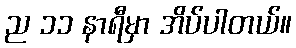
ည ၁၁ နာရီမှာ အိပ်ပါတယ်။